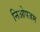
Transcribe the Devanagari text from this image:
निओपजम